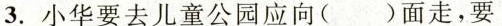
一.小华要去儿童公园应向()面走，要